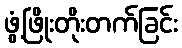
ဖွံ့ဖြိုးတိုးတက်ခြင်း